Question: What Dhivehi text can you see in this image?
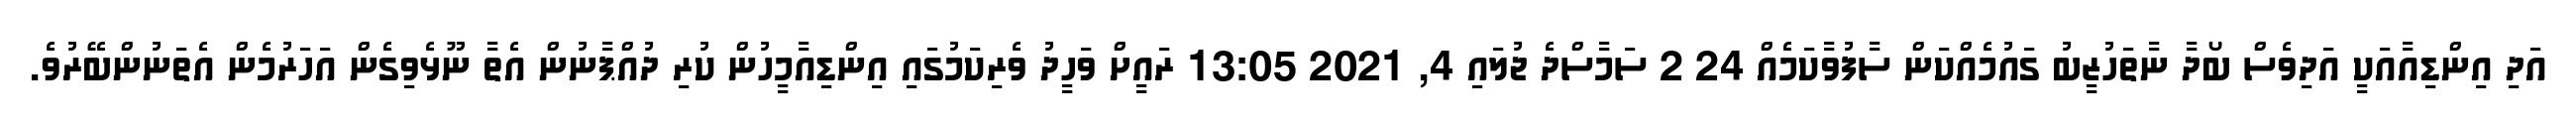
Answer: އަދި އިންޑިއާއަކީ އަދިވެސް ބޯދާ ނާތަހުޒީބު ގައުމެއްކަން ސާފުވާކަމެއް 24 2 ސަމާސްދެ ޖުލައި 4, 2021 13:05 ރައީށް ވަހީދު ވެރިކަމުގައި އިންޑިއާމީހުން ކުރި ދުއްޕާނުން އެތާ ނޫޅެވިގެން އަހަރުމެން އެތަނުންބޭރުވެ.